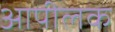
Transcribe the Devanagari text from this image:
आपीलक